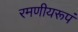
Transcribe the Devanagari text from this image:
रमणीयरूपं